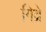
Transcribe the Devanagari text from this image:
गिव्रे